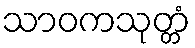
သာဝကသုတ္တံ